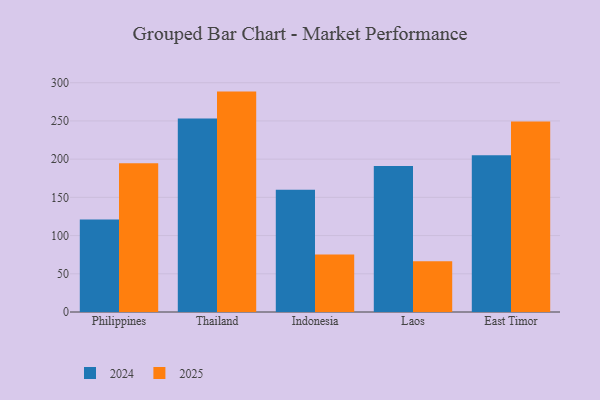
{"axis": {"x": "Country", "y": "Demand Index"}, "legend": ["2024", "2025"], "data": [{"x": "Philippines", "y": 120.9, "type": "2024"}, {"x": "Philippines", "y": 194.7, "type": "2025"}, {"x": "Thailand", "y": 253.1, "type": "2024"}, {"x": "Thailand", "y": 288.4, "type": "2025"}, {"x": "Indonesia", "y": 160.1, "type": "2024"}, {"x": "Indonesia", "y": 75.3, "type": "2025"}, {"x": "Laos", "y": 190.9, "type": "2024"}, {"x": "Laos", "y": 66.5, "type": "2025"}, {"x": "East Timor", "y": 205.0, "type": "2024"}, {"x": "East Timor", "y": 249.2, "type": "2025"}]}